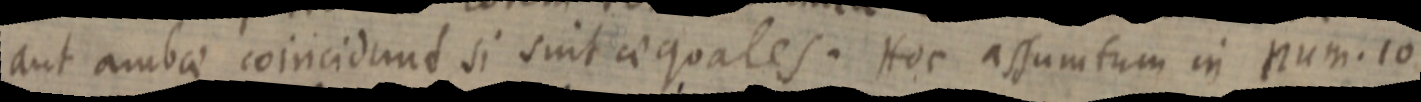
aut ambae coincidunt si suit aequales. Hoc assumtum in num. 10